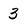
Character: 3